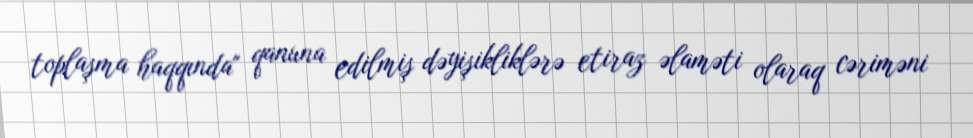
toplaşma haqqında" qanuna edilmiş dəyişikliklərə etiraz əlaməti olaraq cəriməni